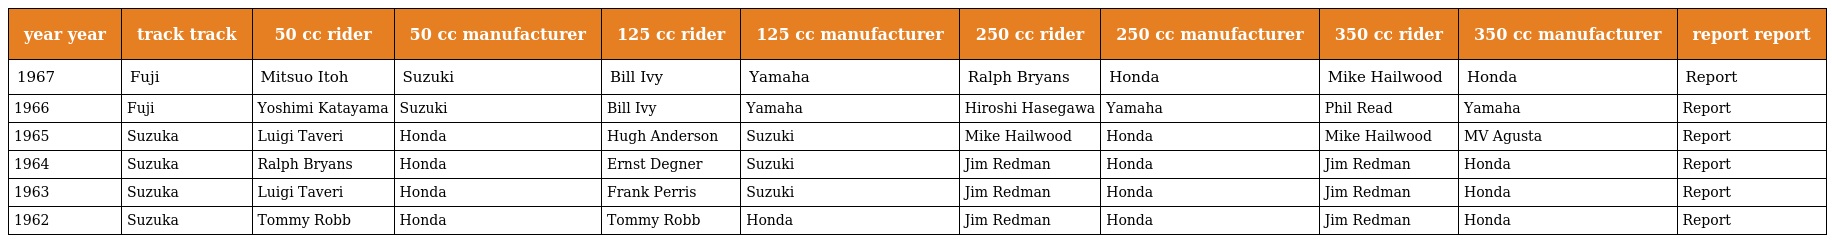
| year year | track track | 50 cc rider | 50 cc manufacturer | 125 cc rider | 125 cc manufacturer | 250 cc rider | 250 cc manufacturer | 350 cc rider | 350 cc manufacturer | report report |
 | --- | --- | --- | --- | --- | --- | --- | --- | --- | --- | --- |
 | 1967 | Fuji | Mitsuo Itoh | Suzuki | Bill Ivy | Yamaha | Ralph Bryans | Honda | Mike Hailwood | Honda | Report |
 | 1966 | Fuji | Yoshimi Katayama | Suzuki | Bill Ivy | Yamaha | Hiroshi Hasegawa | Yamaha | Phil Read | Yamaha | Report |
 | 1965 | Suzuka | Luigi Taveri | Honda | Hugh Anderson | Suzuki | Mike Hailwood | Honda | Mike Hailwood | MV Agusta | Report |
 | 1964 | Suzuka | Ralph Bryans | Honda | Ernst Degner | Suzuki | Jim Redman | Honda | Jim Redman | Honda | Report |
 | 1963 | Suzuka | Luigi Taveri | Honda | Frank Perris | Suzuki | Jim Redman | Honda | Jim Redman | Honda | Report |
 | 1962 | Suzuka | Tommy Robb | Honda | Tommy Robb | Honda | Jim Redman | Honda | Jim Redman | Honda | Report |